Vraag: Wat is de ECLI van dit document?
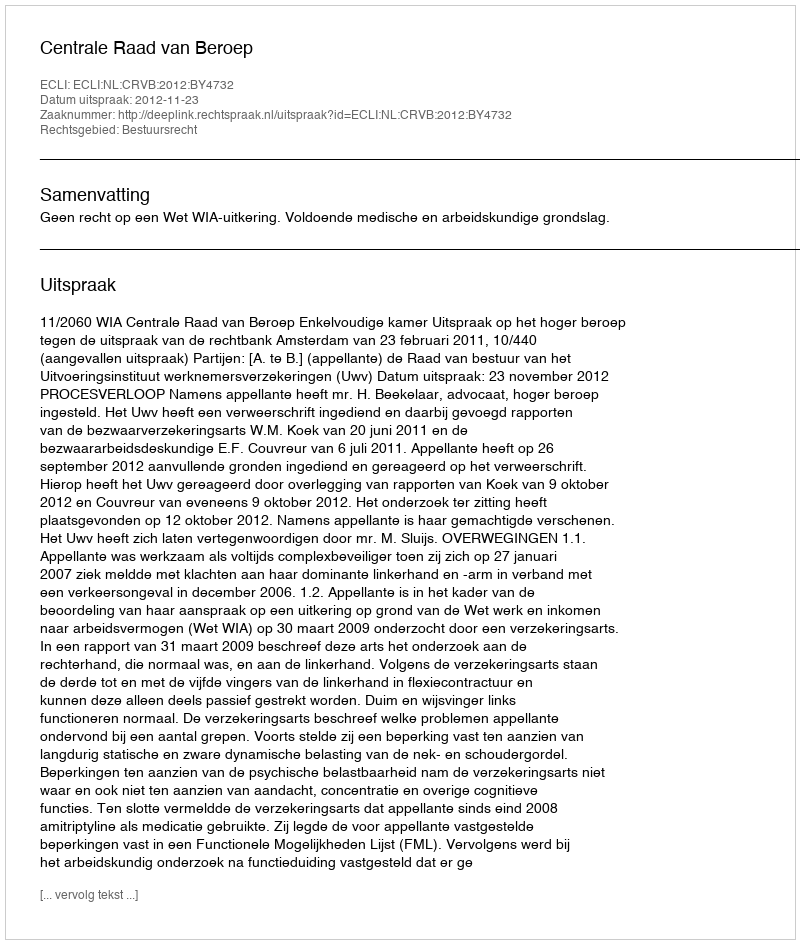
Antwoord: ECLI:NL:CRVB:2012:BY4732